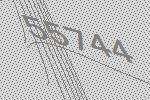
55744